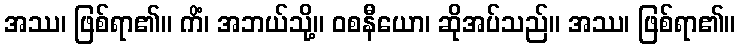
အဿ၊ ဖြစ်ရာ၏။ ကိံ၊ အဘယ်သို့။ ဝစနီယော၊ ဆိုအပ်သည်။ အဿ၊ ဖြစ်ရာ၏။